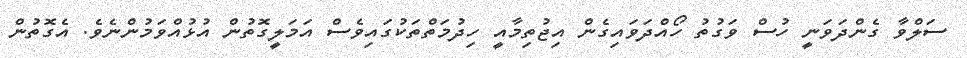
ސަލްވާ ގެންދަވަނީ ހުސް ވަގުތު ހޯއްދަވައިގެން އިޖުތިމާއީ ހިދުމަތްތަކުގައިވެސް އަމަލީގޮތުން އުޅުއްވަމުންނެވެ. އެގޮތުން